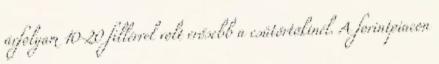
árfolyam 10-20 fillérrel volt erősebb a csütörtökinél. A forintpiacon